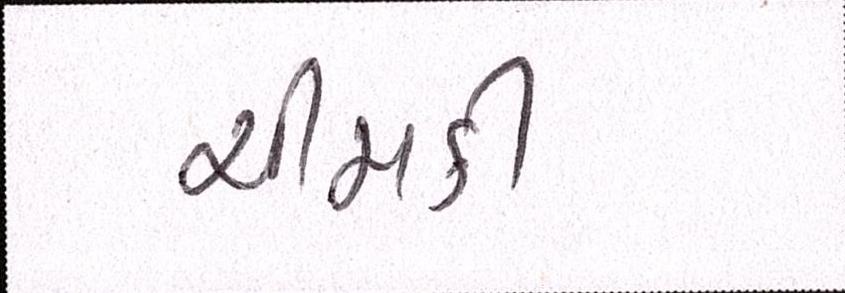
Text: ચીમકી